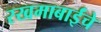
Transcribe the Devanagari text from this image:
रखमाबाईंचे